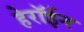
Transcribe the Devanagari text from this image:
हेरॉईन